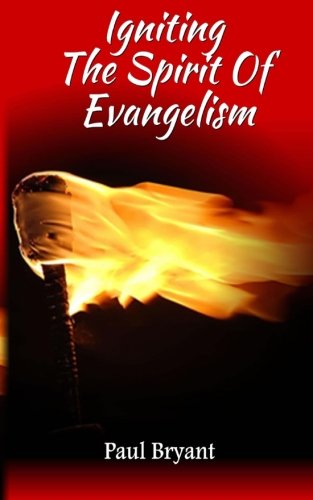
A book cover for Igniting The Spirit Of Evangelism; Paul Bryant; Christian Books & Bibles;